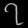
Digit: ၇